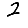
Digit: 2